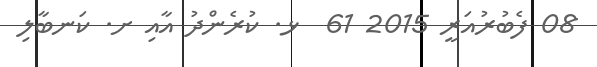
08 ފެބުރުއަރީ 2015 61  ޅ. ކުރެންދު އާއި ށ. ކަނބާލި